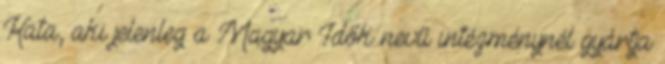
Kata, aki jelenleg a Magyar Idők nevű intézménynél gyártja